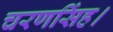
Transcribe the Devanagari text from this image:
चरणसिंह।